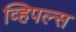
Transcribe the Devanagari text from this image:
व्हिपल्स